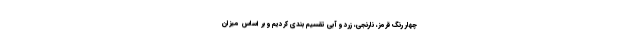
چهار رنگ قرمز، نارنجی، زرد و آبی تقسیم بندی کردیم و بر اساس میزان